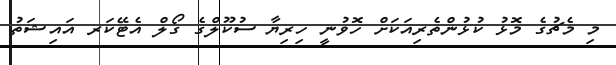
މި މެޗުގެ މޮޅު ކުޅުންތެރިއަކަށް ހޮވުނީ ހިރިޔާ ސުކޫލްގެ ގޯލް އެޓޭކަރ އައިޝަތު